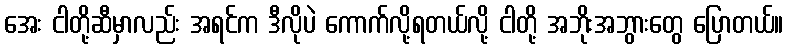
အေး ငါတို့ဆီမှာလည်း အရင်က ဒီလိုပဲ ကောက်လို့ရတယ်လို့ ငါတို့ အဘိုးအဘွားတွေ ပြောတယ်။